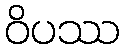
ဝိပဿ